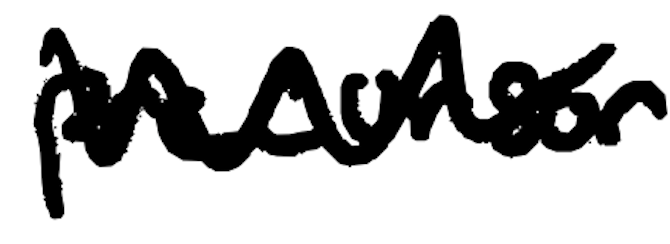
Text: precursor
Cross-out: zig-zag
Writing tool: digital_black